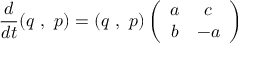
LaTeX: \frac { d } { d t } ( q \, \, , \, \, p ) = ( q \, \, , \, \, p ) \left( \begin{array} { c c } { { a } } & { { c } } \\ { { b } } & { { - a } } \end{array} \right)